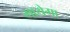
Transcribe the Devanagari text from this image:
गायेगा